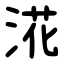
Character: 㳸